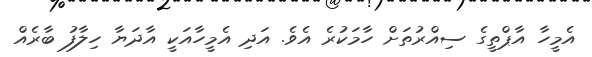
އެމީހާ އާޕްތީގެ ސިއްރުތަށް ހާމަކުރެ އެވެ. އަދި އެމީހާއަކީ އާދަޔާ ހިލާފު ބާރެއް